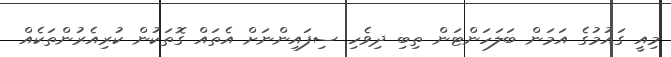
މިއީ ގައުމުގެ އަމަން ބަލަހަންޓަން ތިބި ދިވެހި ސިފައިންނަށް އެތައް ގޮތަކުން ކުރިއެރުންތަކެއް